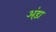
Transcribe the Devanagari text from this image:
अंड़ा